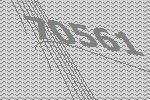
70561